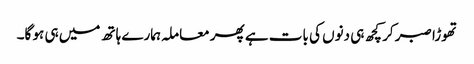
تھوڑا صبر کر کچھ ہی دنوں کی بات ہے پھر معاملہ ہمارے ہاتھ میں ہی ہو گا۔